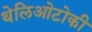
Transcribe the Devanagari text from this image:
थेलिओटोकी